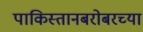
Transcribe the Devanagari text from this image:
पाकिस्तानबरोबरच्या